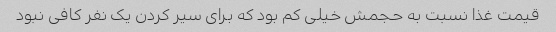
قیمت غذا نسبت به حجمش خیلی کم بود که برای سیر کردن یک نفر کافی نبود